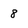
Character: 8